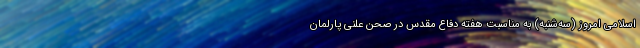
اسلامی امروز (سه‌شنبه) به مناسبت هفته دفاع مقدس در صحن علنی پارلمان